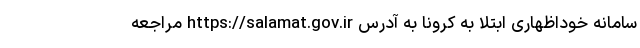
سامانه خوداظهاری ابتلا به کرونا به آدرس https://salamat.gov.ir مراجعه